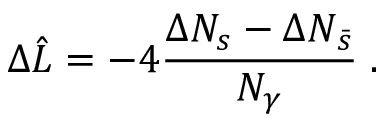
\Delta \hat { L } = - 4 \frac { \Delta N _ { s } - \Delta N _ { \bar { s } } } { N _ { \gamma } } \; .